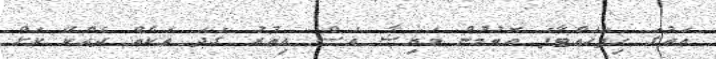
އަތުގަ ހިފަހައްޓާފަ އޮތުމުން މައިޝާ އަސް އިތުރު ގަދަ ތަކެއް ދެއްކޭ ކަށް